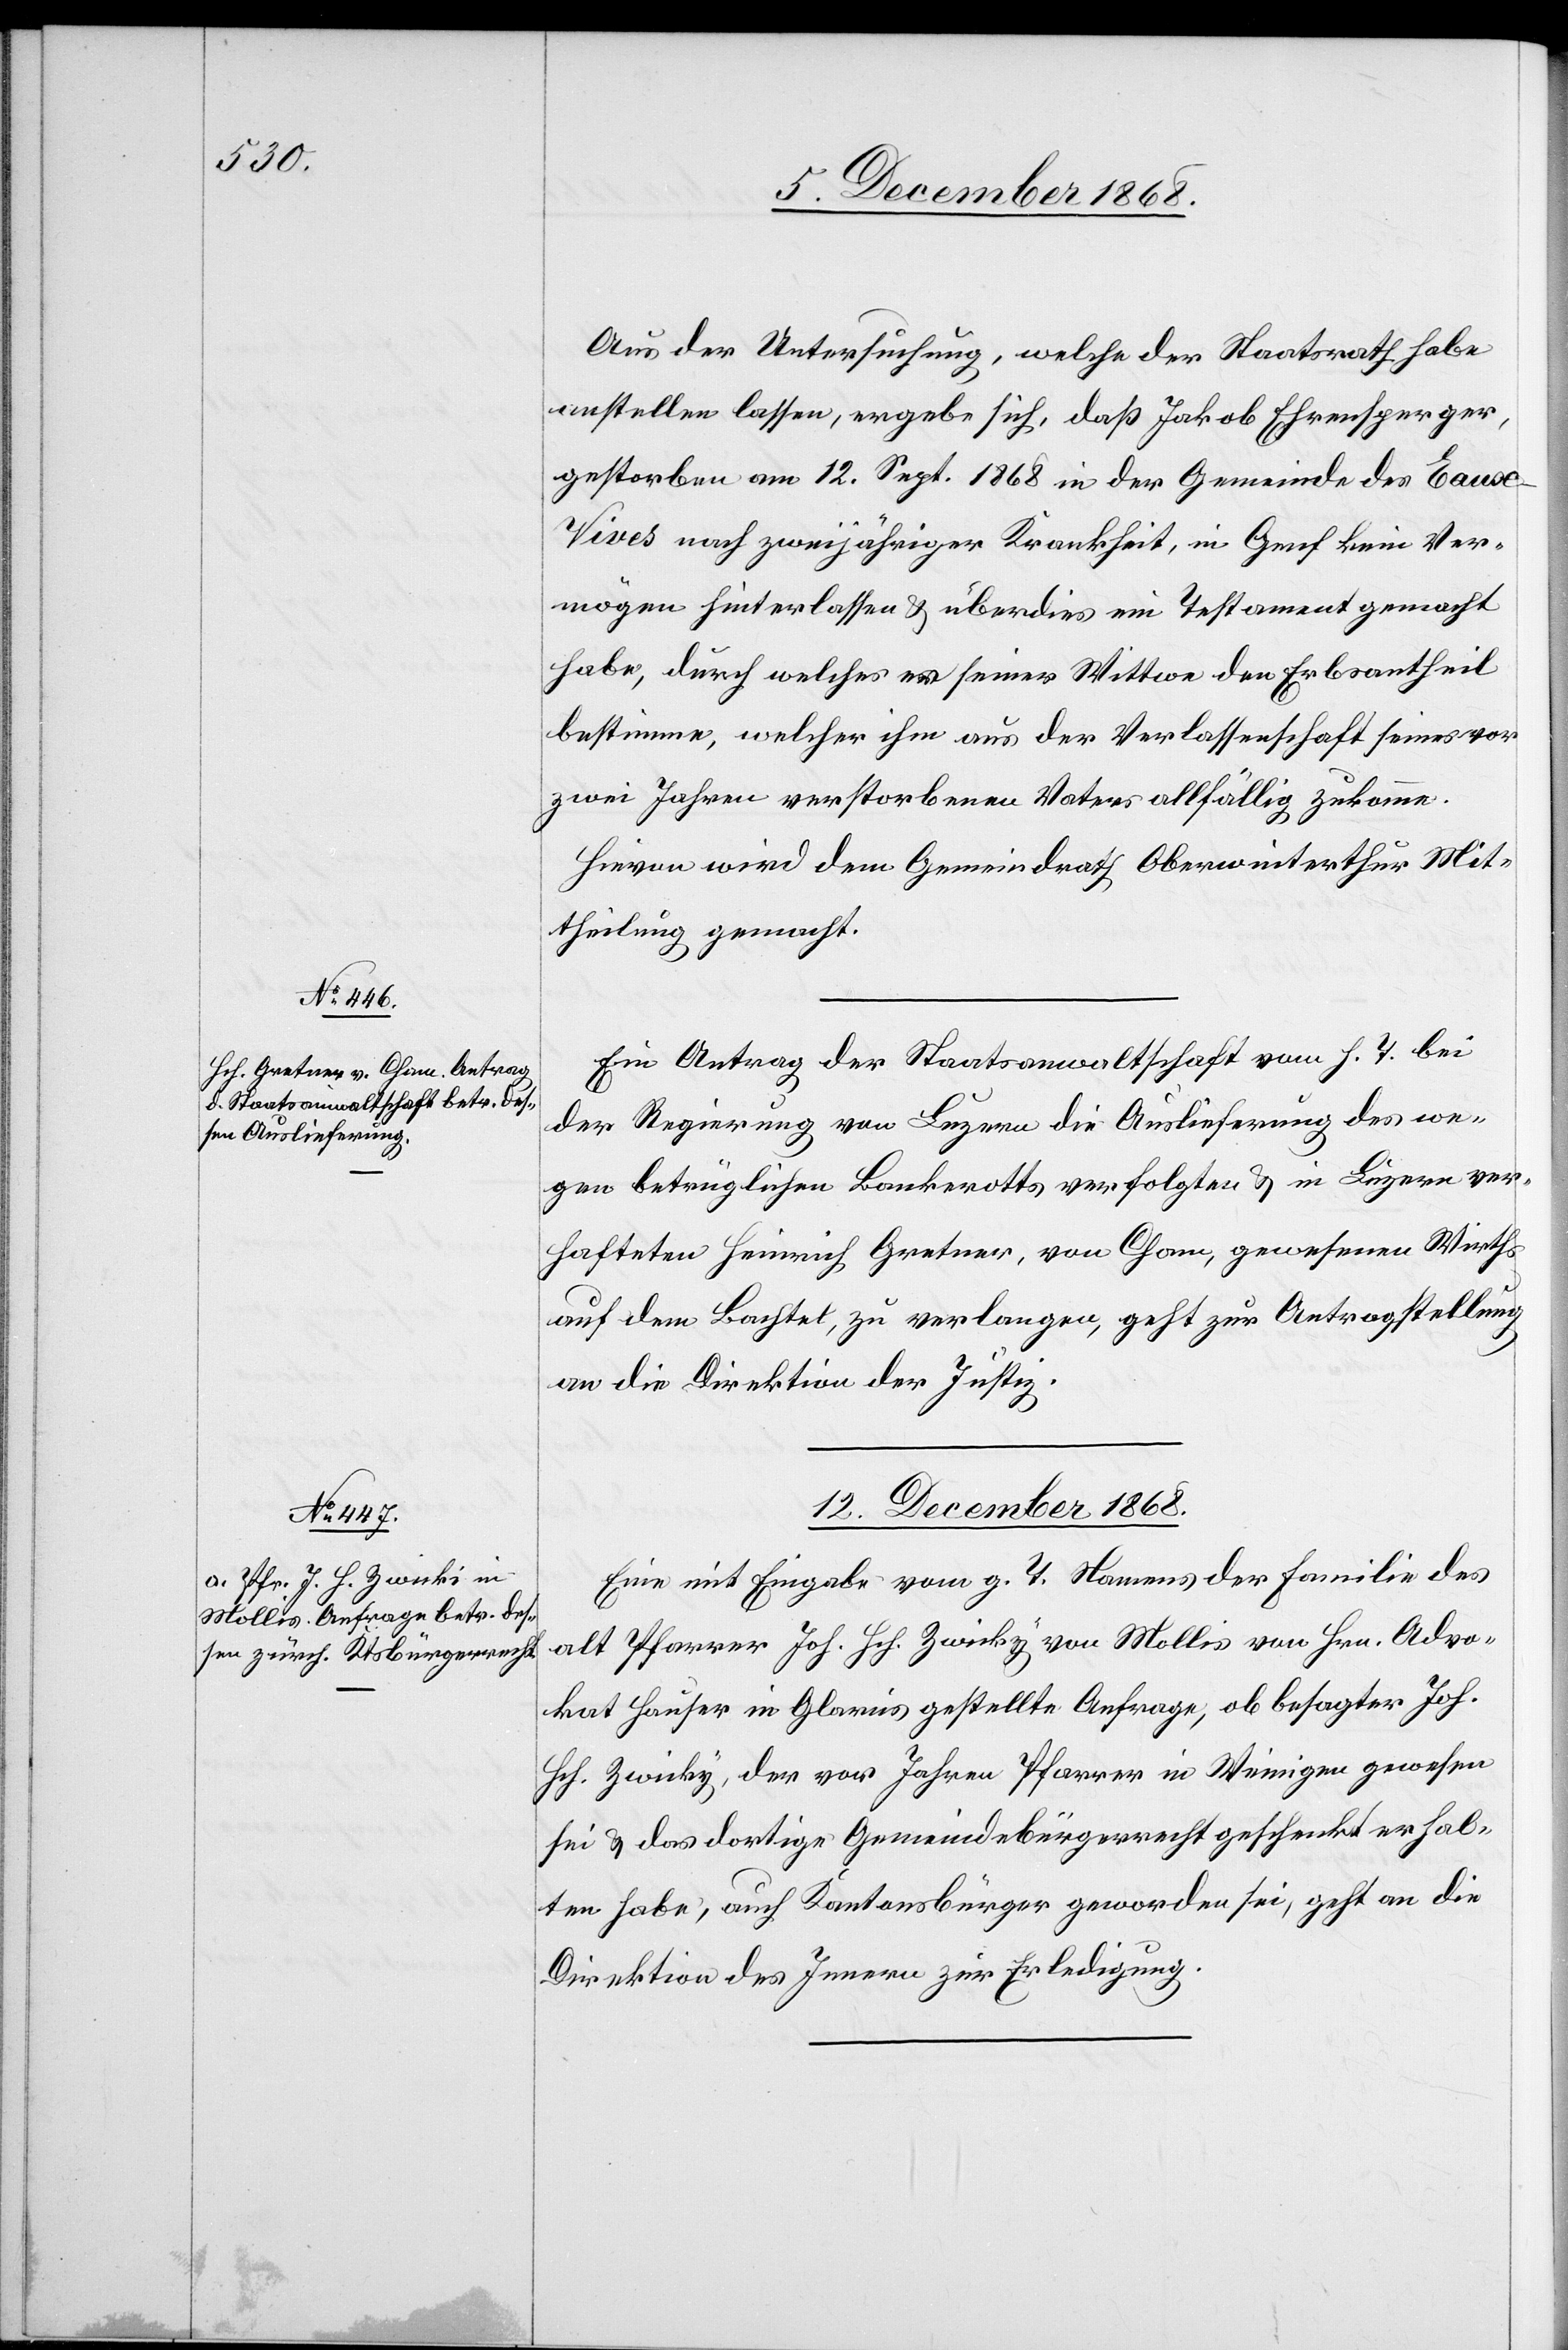
11. December 1868.]
Aus der Untersuchung, welche der Staatsrath habe
anstellen lassen, ergebe sich, daß Jakob Ehrensperger,
gestorben am 12. Sept. 1868 in der Gemeinde des Eaux-V¬
ives nach zweijähriger Krankheit, in Genf kein Ver¬
mögen hinterlassen & überdies ein Testament gemacht
habe, durch welches er seiner Wittwe den Erbsantheil
bestimme, welcher ihm aus der Verlassenschaft seines vor
zwei Jahren verstorbenen Vaters allfällig zukomme.
Hievon wird dem Gemeindrath Oberwinterthur Mit¬
theilung gemacht.
Ein Antrag der Staatsanwaltschaft vom h. T. bei
der Regierung von Luzern die Auslieferung des we¬
gen betrüglichen Bankerotts verfolgten & in Luzern ver¬
hafteten Heinrich Gretner, von Cham, gewesenen Wirths
auf dem Bachtel, zu verlangen, geht zur Antragstellung
an die Direktion der Justiz.
12. December 1868.
Eine mit Eingabe vom g. T. Namens der Familie des
alt Pfarrer Joh. Hch. Zwicky [sic!] von Mollis von Hrn. Advo¬
kat Hauser in Glarus gestellte Anfrage, ob besagter Joh.
Hch. Zwicky, der vor Jahren Pfarrer in Weinigen gewesen
sei & das dortige Gemeindebürgerrecht geschenkt erhal¬
ten habe, auch Kantonsbürger geworden sei, geht an die
Direktion des Innern zur Erledigung.